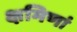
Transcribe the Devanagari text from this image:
क्षमिणां